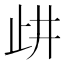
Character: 𣥞